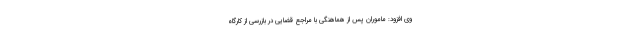
وی افزود: ماموران پس از هماهنگی با مراجع قضایی در بازرسی از کارگاه